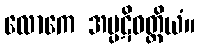
လောကေ အပ္ပဋိဝတ္တိယံ။